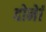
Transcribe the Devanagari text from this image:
दोनेां